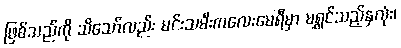
ဖြစ်သည်ကို သိသော်လည်း မင်းသမီးကလေးမေရီမှာ မရွှင်သည့်နှလုံး၊